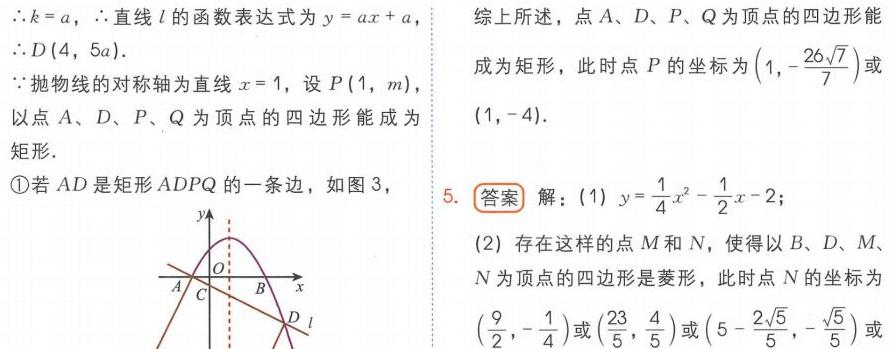
\(\therefore k = a\)，\(\therefore\)直线 \(l\) 的函数表达式为 \(y = ax + a\)，
\(\therefore D(4,5a)\).
\(\because\)抛物线的对称轴为直线 \(x = 1\)，设 \(P(1,m)\)，
以点 \(A、D、P、Q\) 为顶点的四边形能成为矩形.
\textcircled{1}若 \(AD\) 是矩形 \(ADPQ\) 的一条边，如图 3，

5. 答案 解：(1) \(y=\frac{1}{4}x^{2}-\frac{1}{2}x - 2\);
(2) 存在这样的点 \(M\) 和 \(N\)，使得以 \(B、D、M、N\) 为顶点的四边形是菱形，此时点 \(N\) 的坐标为 \((\frac{9}{2},-\frac{1}{4})\)或\((\frac{23}{5},\frac{4}{5})\)或\((5-\frac{2\sqrt{5}}{5},-\frac{\sqrt{5}}{5})\)或